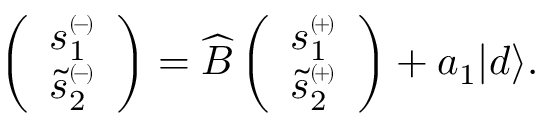
\begin{array} { r l } & { \left( \begin{array} { c } { s _ { 1 } ^ { \scriptscriptstyle ( \! - \! ) } } \\ { \tilde { s } _ { 2 } ^ { \scriptscriptstyle ( \! - \! ) } } \end{array} \right) = \widehat { B } \left( \begin{array} { c } { s _ { 1 } ^ { \scriptscriptstyle ( \! + \! ) } } \\ { \tilde { s } _ { 2 } ^ { \scriptscriptstyle ( \! + \! ) } } \end{array} \right) + a _ { 1 } | d \rangle . } \end{array}